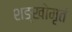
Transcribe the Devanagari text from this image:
शङ्खोमृतं